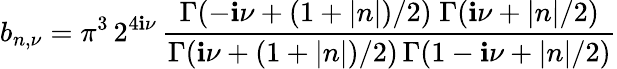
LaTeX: b_{n,\nu}=\pi^{3}\, 2^{4\mathbf{i}\nu}\, \frac{{\Gamma(-\mathbf{i}\nu+(1+\left|n\right|)/2)\; \Gamma(\mathbf{i}\nu+\left|n\right|/2)}}{{\Gamma(\mathbf{i}\nu+(1+\left|n\right|)/2)\, \Gamma(1-\mathbf{i}\nu+\left|n\right|/2)}}